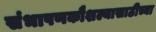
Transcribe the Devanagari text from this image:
संभाषणकौशल्यासाठीच्या